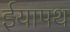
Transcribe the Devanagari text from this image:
ईयापथ